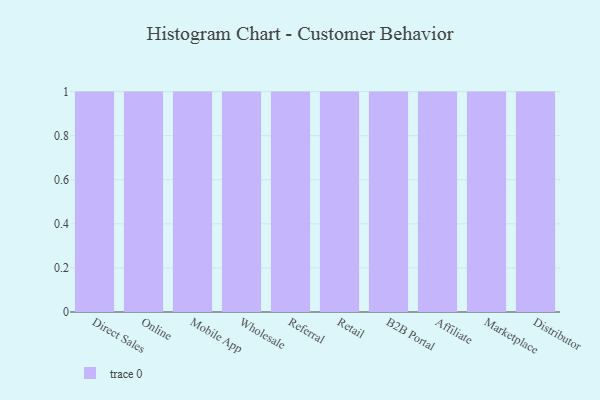
{"axis": {"x": "Channel", "y": "Headcount"}, "legend": [""], "data": [{"x": "Direct Sales", "y": 93, "type": ""}, {"x": "Online", "y": 9, "type": ""}, {"x": "Mobile App", "y": 75, "type": ""}, {"x": "Wholesale", "y": 21, "type": ""}, {"x": "Referral", "y": 8, "type": ""}, {"x": "Retail", "y": 47, "type": ""}, {"x": "B2B Portal", "y": 67, "type": ""}, {"x": "Affiliate", "y": 79, "type": ""}, {"x": "Marketplace", "y": 51, "type": ""}, {"x": "Distributor", "y": 50, "type": ""}]}